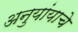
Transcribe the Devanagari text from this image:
अनुयांयाचे